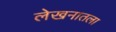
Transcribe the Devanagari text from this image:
लेखनातला